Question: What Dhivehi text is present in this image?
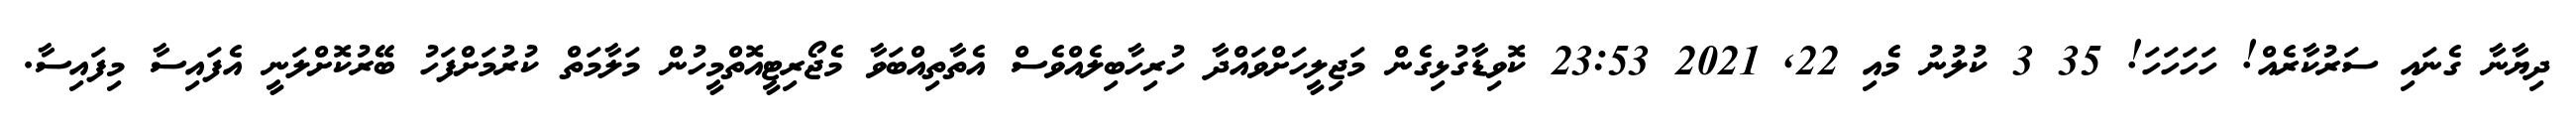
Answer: ދިޔާނާ ގެނައި ސަރުކާރެއް! ހަހަހަހަ! 35 3 ކުލުނު މެއި 22, 2021 23:53 ކޮވިޑާގުޅިގެން މަޖިލީހަށްވައްދާ ހުރިހާބިލެއްވެސް އެތާތިއްބަވާ މެޖޯރިޓީއޮތްމީހުން މަލާމަތް ކުރުމަށްފަހު ބޭރުކޮށްލަނީ އެފައިސާ މިފައިސާ.